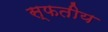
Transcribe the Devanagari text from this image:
स्फतीय